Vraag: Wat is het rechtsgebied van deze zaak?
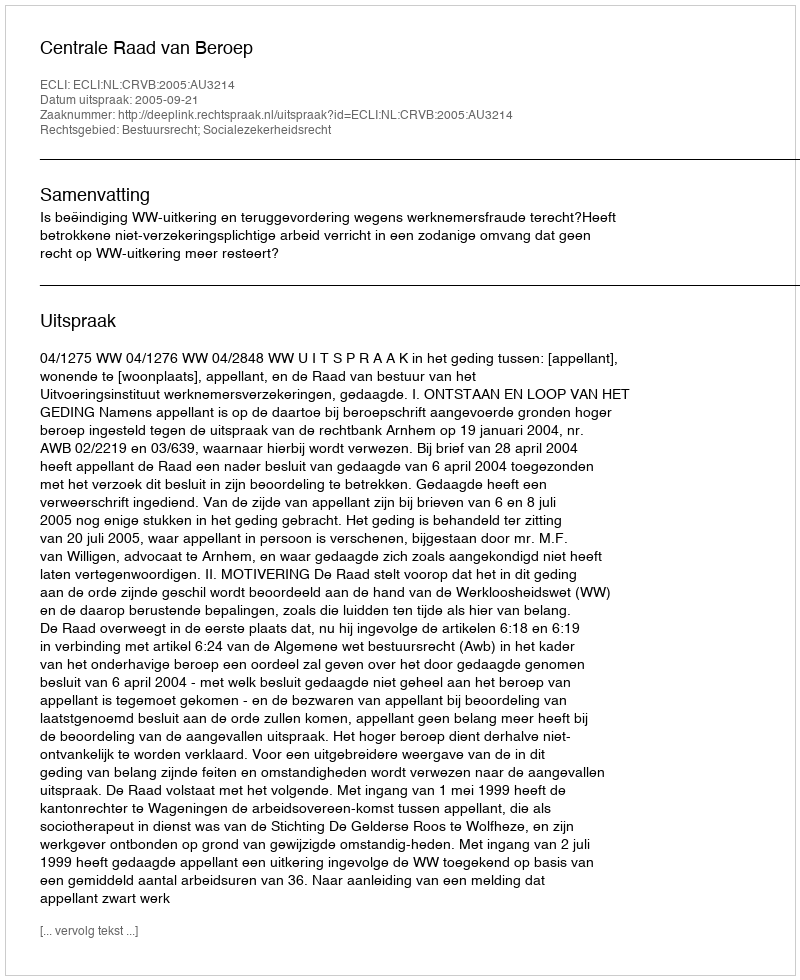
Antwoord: Bestuursrecht; Socialezekerheidsrecht